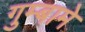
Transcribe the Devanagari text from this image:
गुम्बामे